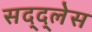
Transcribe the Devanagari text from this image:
सद्द्लेस